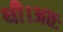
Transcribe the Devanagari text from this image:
थी।अतः